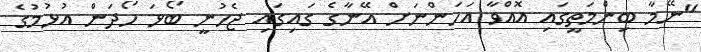
"ނޭމާ ބިންމަތީގައި އޮއްވާ އަހަންނަށް އޭނާގެ ގައިގައި ޖެހުނީ ބޯޅަ ހޯދަން އުޅުމުގެ